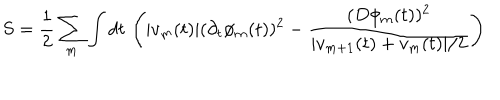
S = \frac { 1 } { 2 } \sum _ { m } \int d t \, \left( | v _ { m } ( t ) | ( \partial _ { t } \phi _ { m } ( t ) ) ^ { 2 } - \frac { ( D \phi _ { m } ( t ) ) ^ { 2 } } { | v _ { m + 1 } ( t ) + v _ { m } ( t ) | / 2 } \right)